Virumaa_algkoolid, lk 19
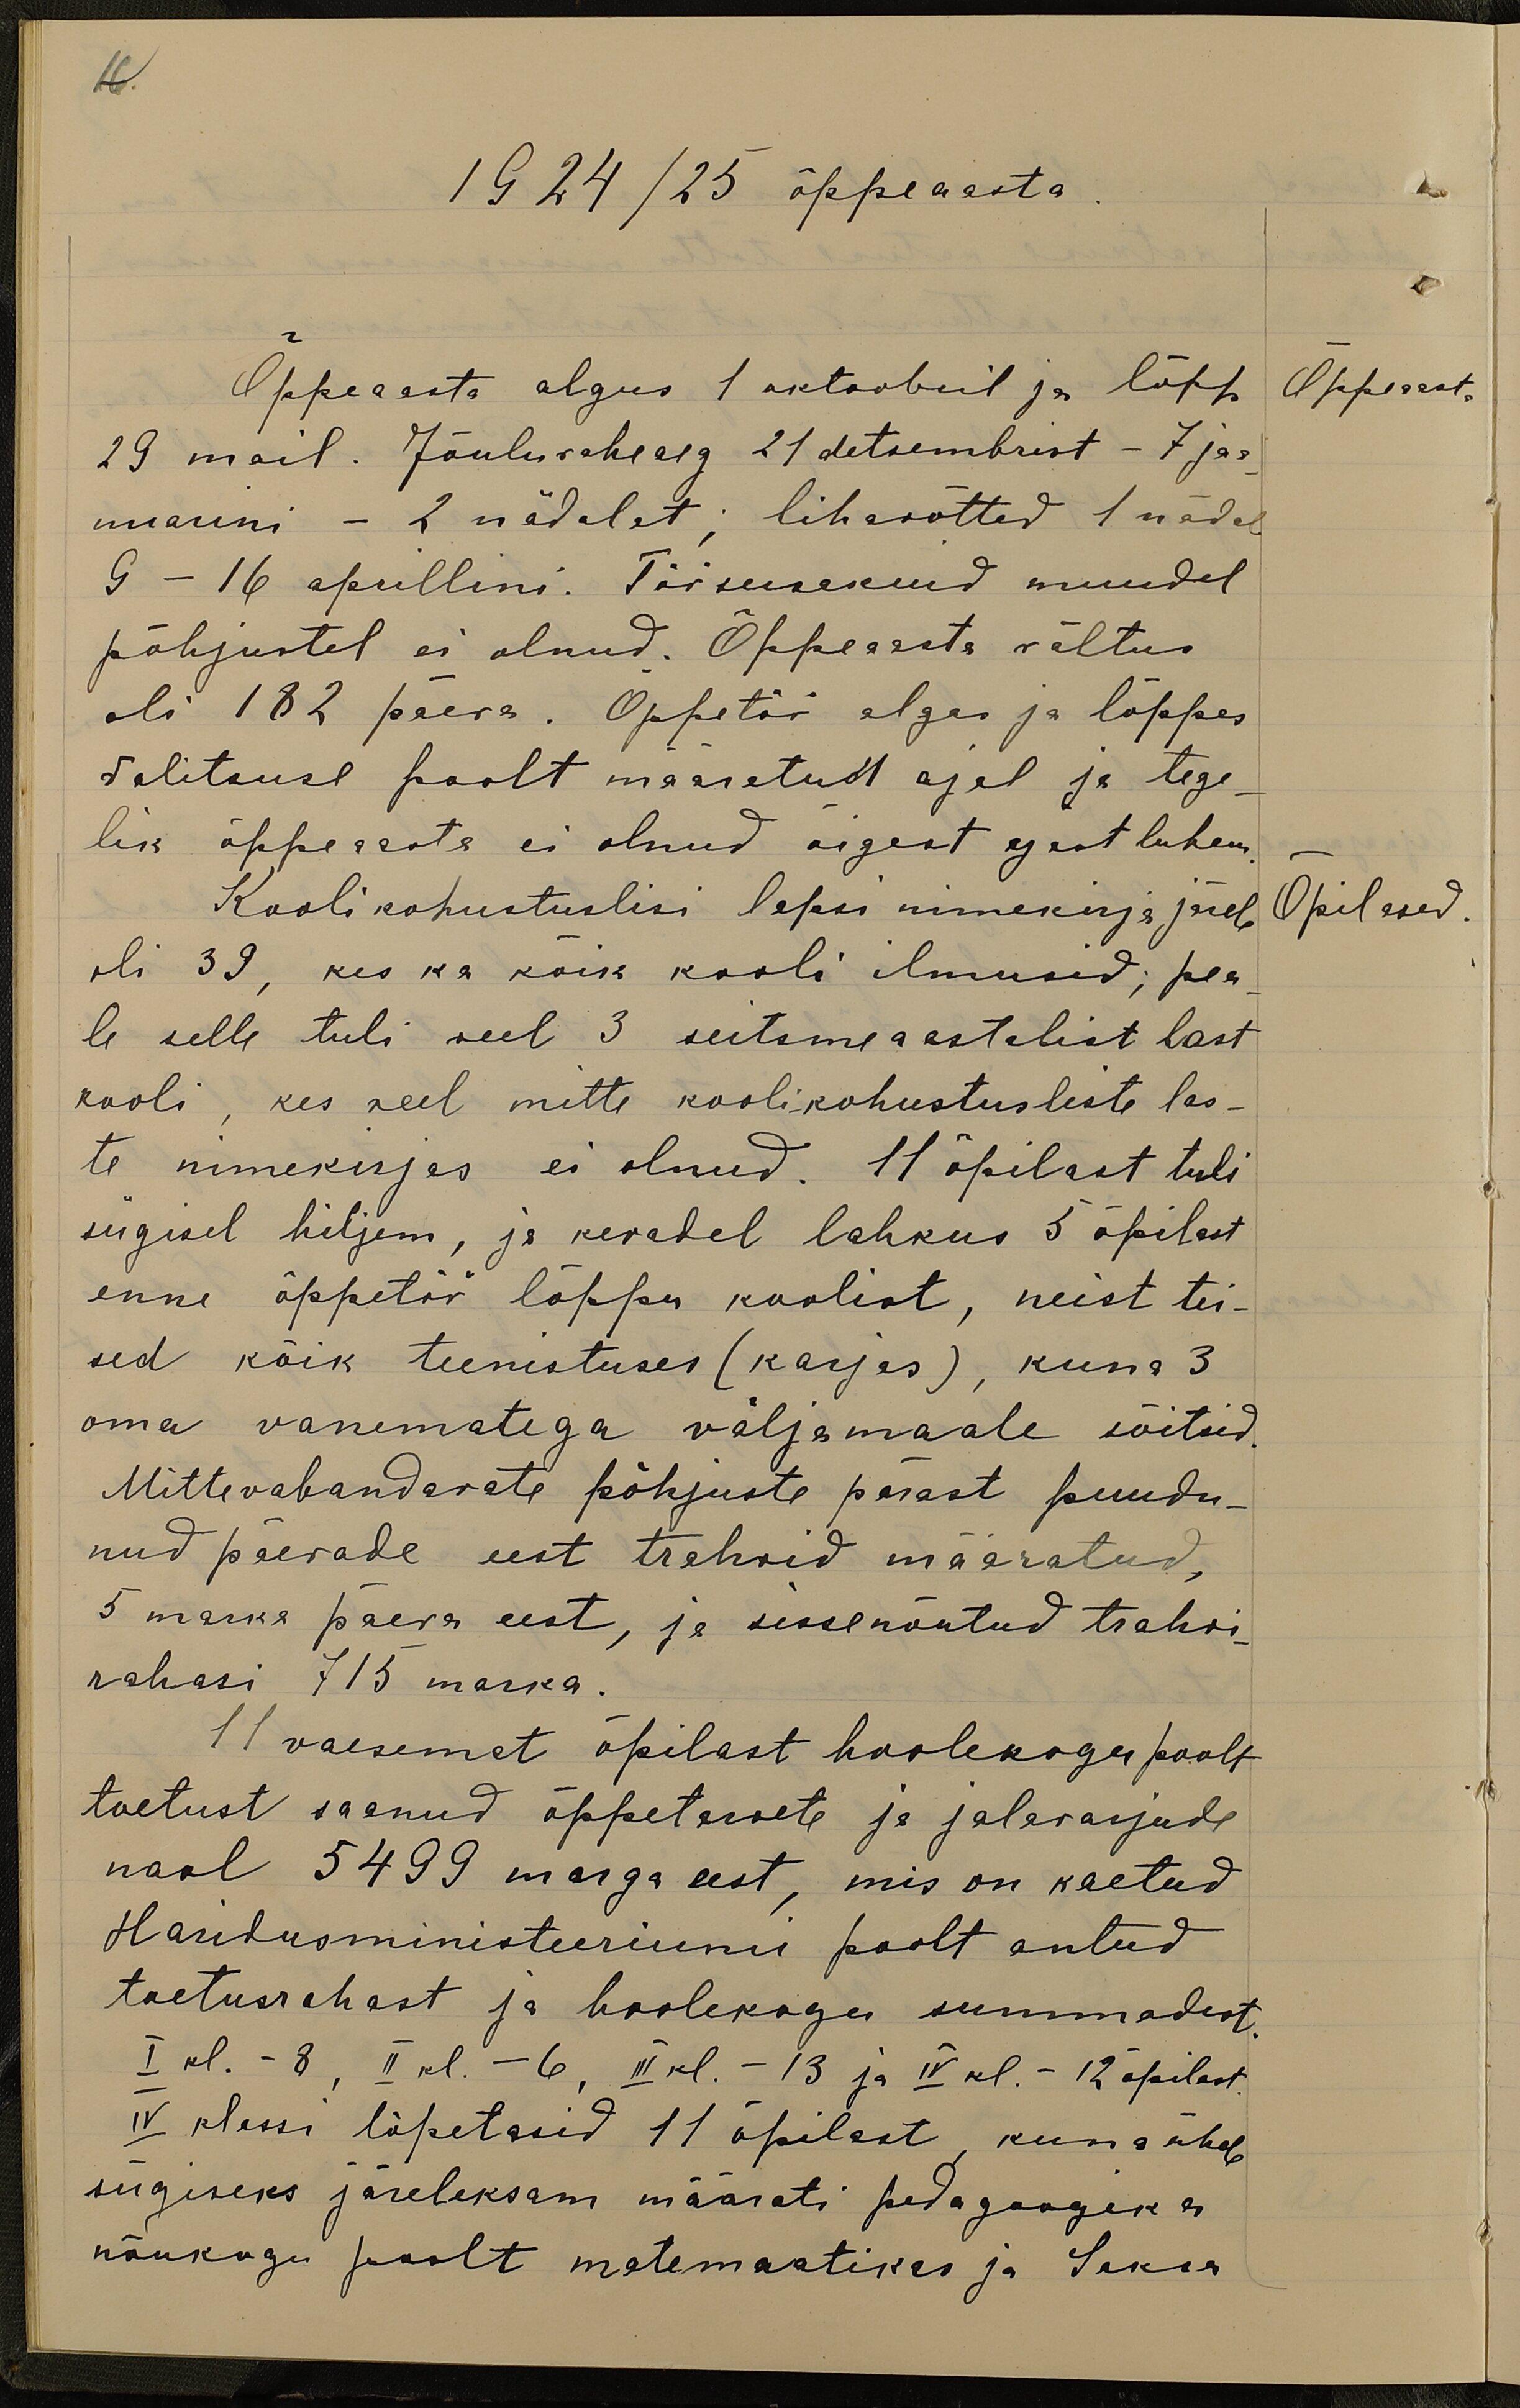
16.
1924/25 õppeaasta
Õppeaasta algus 1 oktoobril ja lõpp
Õppeaasta
29 mail. Jõuluvaheaeg 21 detsembrist - 7 jaa-
nuarini - 2 nädalat; lihavõtted 1 nädal
9 - 16 aprillini. Tööseisakuid muudel
põhjustel ei olnud. Õppeaasta vältus
oli 182 päeva. Õppetöö algas ja lõppes
valitsuse poolt määratud ajal ja tege-
lik õppeaasta ei olnud õigest ajast luhem
Kooli kohustuslisi lapsi nimekirja järele
Õpilased
oli 39, kes ka kõik kooli ilmusid; pea
le selle tuli veel 3 seitsme aastalist last
kooli, kes veel mitte koolikohustusliste las-
te nimekirjas ei olnud. 11õpilast tuli
sügisel hiljem, ja kevadel lahkus 5 õpilast
enne õppetöö lõppu koolist, neist tei-
sed kõik teenistuses (karjas), kuna 3
oma vanematega väljamaale sõitsid
Mittevabandavate põhjuste pärast puudu-
nud päevade eest trahvid määratud,
5 marka päeva eest, ja sissenõutud trahvi-
rahasi 715 marka.
11 vaesemat õpilast hoolekogu poolt
toetust saanud õppetarvete ja jalavarjude
naol 5499 marga eest, mis on kaetud
Haridusministeeriumi poolt antud
toetusrahast ja hoolekogu summadest
I kl.- 8,  II kl. - 6, III kl. - 13 ja IV kl. - 12 õpilast
IV klassi lõpetasid 11 õpilast, kuna ühele
sügiseks järeleksam määrati pedagoogika
nõukogu poolt matemaatikas ja Saksa